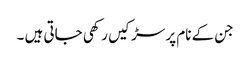
جن کے نام پر سڑکیں رکھی جاتی ہیں ۔